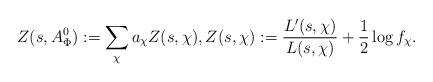
LaTeX: \begin{align*}Z(s,A_{\Phi}^0):= \sum_{\chi} a_{\chi}Z(s,\chi),Z(s,\chi):= \frac{L'(s,\chi)}{L(s,\chi)} + \frac{1}{2} \log f_{\chi}.\end{align*}